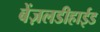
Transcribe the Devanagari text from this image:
बेंज़लडीहाईड